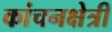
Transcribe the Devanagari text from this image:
कांचनक्षेत्री